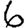
Digit: 6